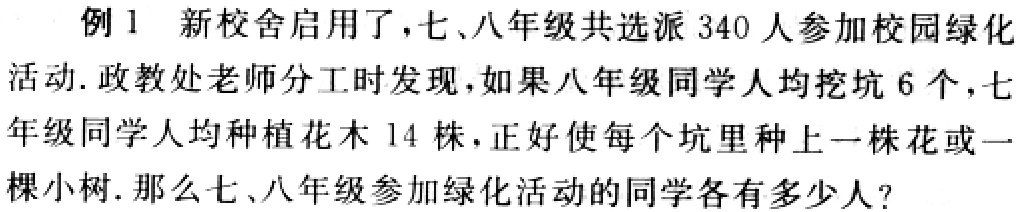
例1 新校舍启用了，七、八年级共选派 340 人参加校园绿化
活动. 政教处老师分工时发现，如果八年级同学人均挖坑 6 个，七
年级同学人均种植花木 14 株，正好使每个坑里种上一株花或一
棵小树. 那么七、八年级参加绿化活动的同学各有多少人？